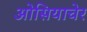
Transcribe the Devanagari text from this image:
ओसियाचेर